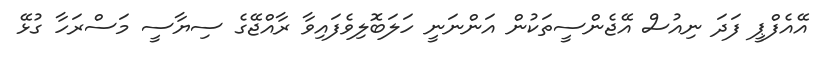
އޭއެފްޕީ ފަދަ ނިއުސް އޭޖެންސީތަކުން އަންނަނީ ހަލަބޮލިވެފައިވާ ރާއްޖޭގެ ސިޔާސީ މަސްރަހާ ގުޅޭ